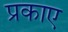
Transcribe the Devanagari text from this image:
प्रकाए